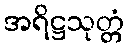
အရိဋ္ဌသုတ္တံ